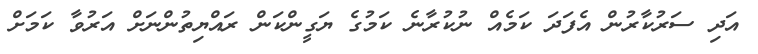
އަދި ސަރުކާރުން އެފަދަ ކަމެއް ނުކުރާނެ ކަމުގެ ޔަގީންކަން ރައްޔިތުންނަށް އަރުވާ ކަމަށް